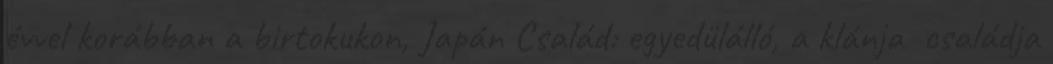
évvel korábban a birtokukon, Japán Család: egyedülálló, a klánja családja